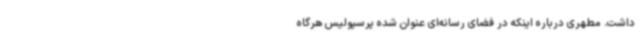
داشت. مطهری درباره اینکه در فضای رسانه‌ای عنوان شده پرسپولیس هرگاه